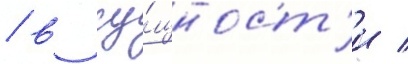
/ в су́щност'и /